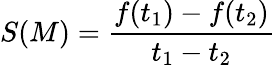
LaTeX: S(M)=\frac{f(t_{1})-f(t_{2})}{t_{1}-t_{2}}